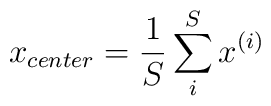
x_{center}=\frac 1S\sum\limits_i^Sx^{(i)}